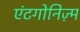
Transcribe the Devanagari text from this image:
एंटगोनिज़्म